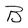
Character: B